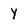
Character: Y